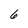
Character: 6